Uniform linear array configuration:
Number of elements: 48
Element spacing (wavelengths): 0.75
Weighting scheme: exponential
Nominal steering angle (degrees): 60
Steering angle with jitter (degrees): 60.572
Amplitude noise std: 0.05
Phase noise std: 0.05

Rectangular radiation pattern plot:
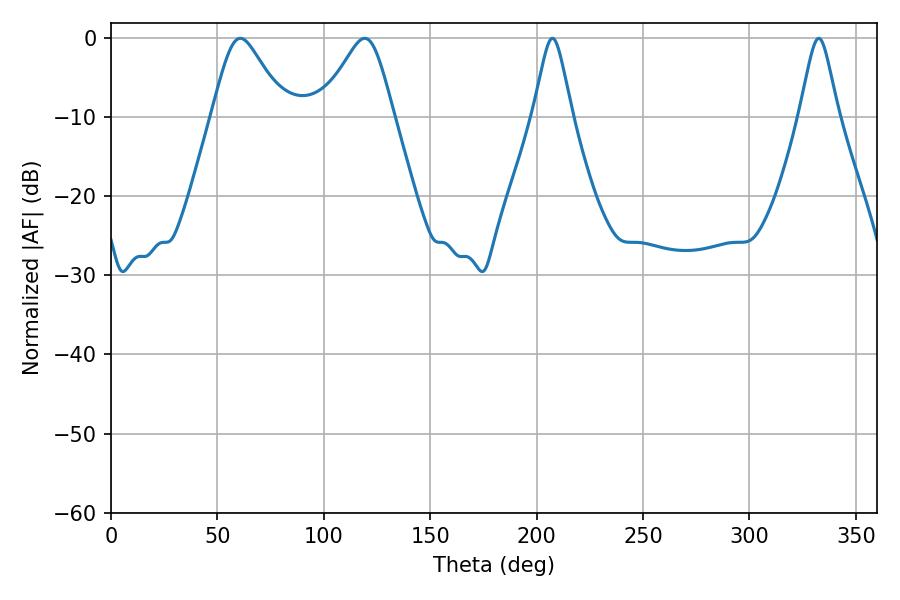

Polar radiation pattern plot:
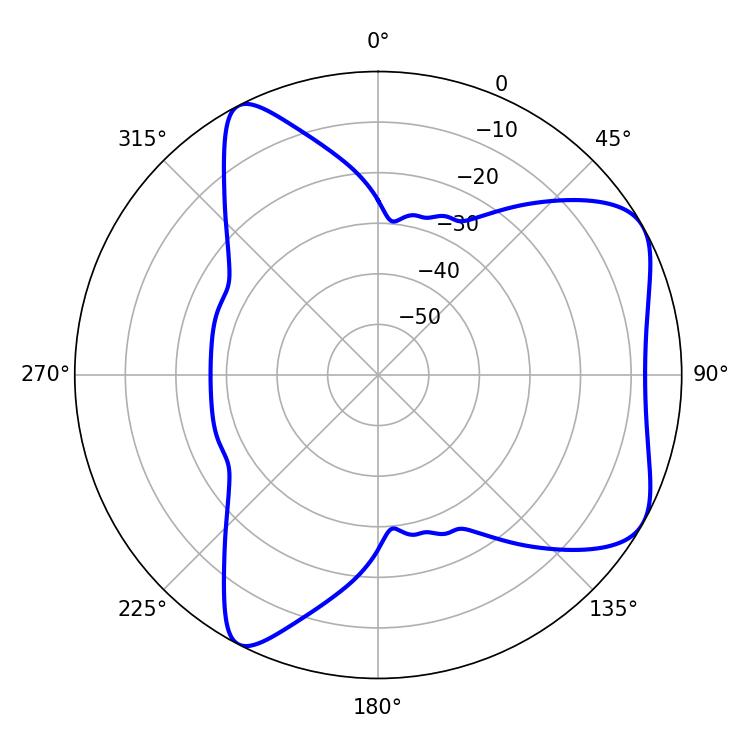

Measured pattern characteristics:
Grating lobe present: TRUE
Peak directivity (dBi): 6.244
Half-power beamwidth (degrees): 16.56
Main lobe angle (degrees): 60.84